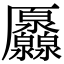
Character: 𠫐